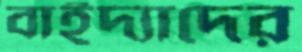
বাইদ্যাদের